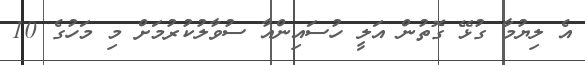
އެ ލިޔުމާ ގުޅޭ ގޮތުން އަލީ ހުސައިންއާ ސުވާލުކުރުމަށް މި މަހުގެ 10